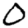
Digit: 0